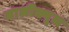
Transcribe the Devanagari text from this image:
मालीक्यूल